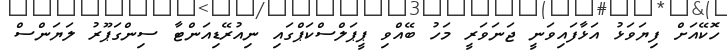
ހޮކޭއަށް ފިޔަވަޅު އަޅާފައިވަނީ ޖަނަވަރީ މަހު ބޭއްވި ޕީޕަލްސްކަޕްގައި ނިއުރޭޑިއަންޓާ ސިންގަޕޫރު ލަޔަންސް